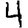
Digit: 4